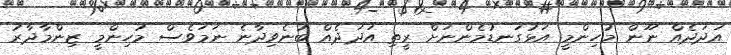
އަދަދެއް ނޫން މުހިންމީ އަޅުގަނޑުމެންނަށް ރީތި އަދަދެއް ބުނެވިދާނެ ނަމަވެސް މުހިންމީ ޒިންމާދާރު